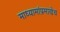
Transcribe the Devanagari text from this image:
माध्यामांप्रमाणेच